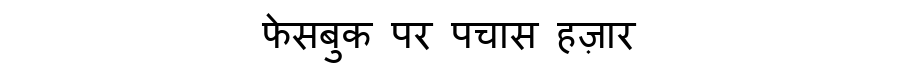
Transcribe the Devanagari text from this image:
फेसबुक पर पचास हज़ार